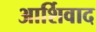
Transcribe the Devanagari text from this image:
आर्शिवाद